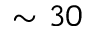
\sim 3 0